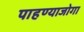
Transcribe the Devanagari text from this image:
पाहण्याजोगा